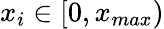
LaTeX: x_{i}\in[0,x_{max})